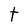
Character: t